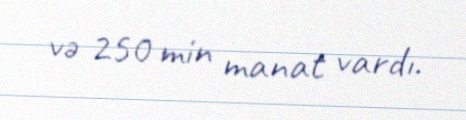
və 250 min manat vardı.